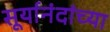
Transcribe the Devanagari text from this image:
सूर्यानंदांच्या